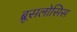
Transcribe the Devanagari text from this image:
ब्रूसलोसिस